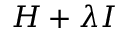
H + \lambda I